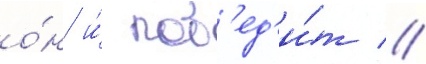
о́н и́ поб'ед'и́т //